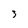
Character: 3